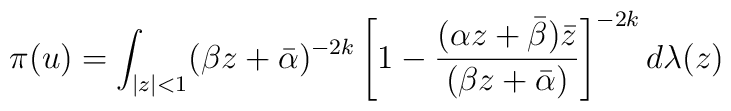
\pi(u) = \int_{|z|<1} (\beta z+ \bar{\alpha})^{-2k} \left[ 1- \frac{(\alpha z+\bar{\beta})\bar{z}}{(\beta     z+\bar{\alpha})} \right]^{-2k} d\lambda(z)